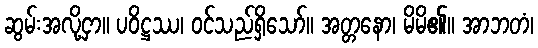
ဆွမ်းအလို့ငှာ။ ပဝိဋ္ဌဿ၊ ဝင်သည်ရှိသော်။ အတ္တနော၊ မိမိ၏။ အာဘတံ၊